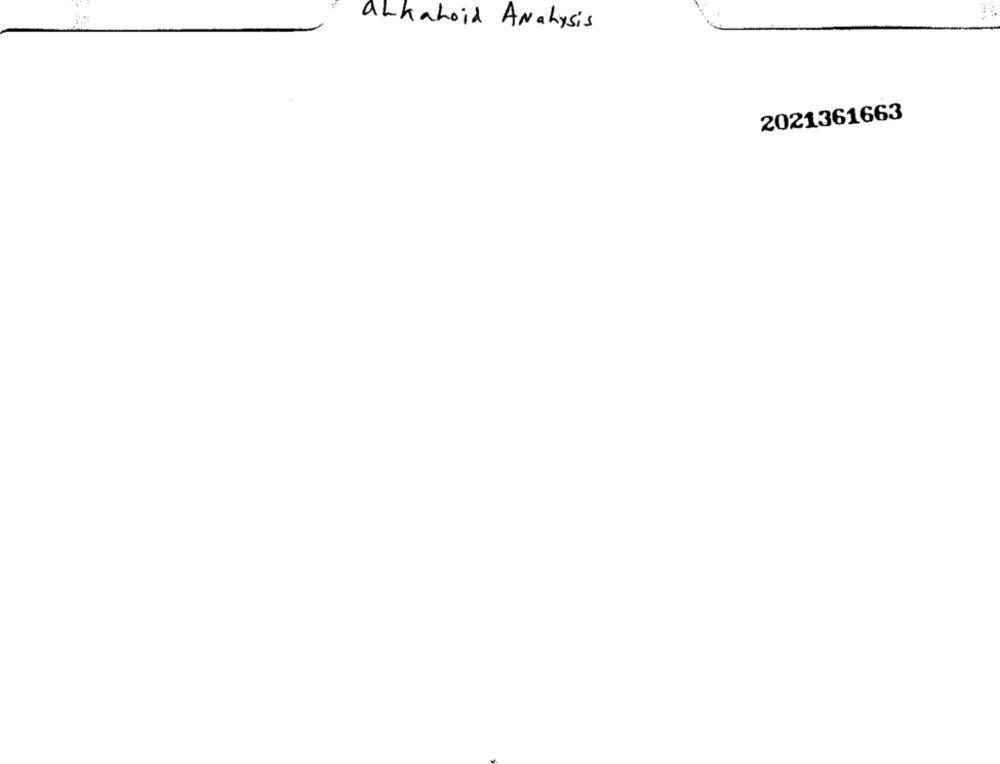
alkaloid Analysis
2021361663